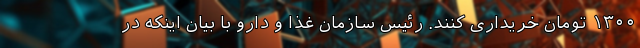
۱۳۰۰ تومان خریداری کنند. رئیس سازمان غذا و دارو با بیان اینکه در